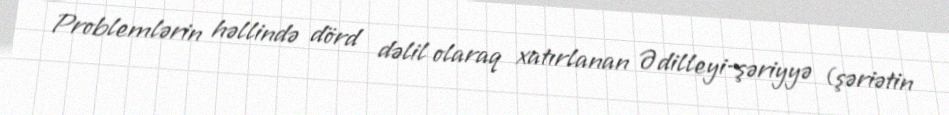
Problemlərin həllində dörd dəlil olaraq xatırlanan Ədilleyi-şəriyyə (şəriətin